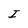
Character: I